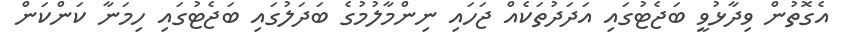
އެގޮތުން ވިދާޅުވީ ބަޖެޓުގައި އަދަދުތަކެއް ޖަހައި ނިންމާލުމުގެ ބަދަލުގައި ބަޖެޓުގައި ހިމަނާ ކަންކަން